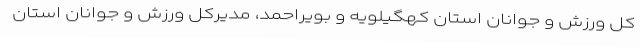
کل ورزش و جوانان استان کهگیلویه و بویراحمد، مدیرکل ورزش و جوانان استان